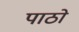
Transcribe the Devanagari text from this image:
पाठो